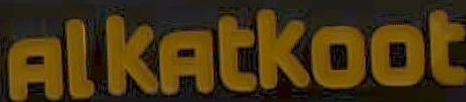
Alkatkoot